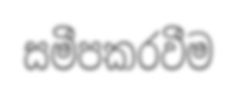
සමීපකරවීම